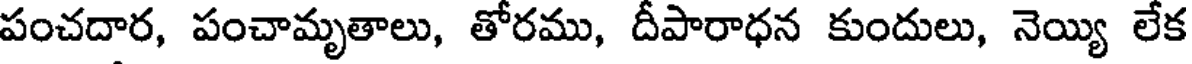
పంచదార, పంచామృతాలు, తోరము, దీపారాధన కుందులు, నెయ్యి లేక